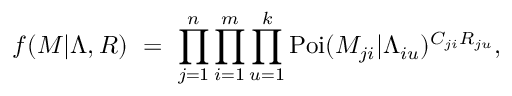
f ( M | \Lambda , R ) \ = \ \prod _ { j = 1 } ^ { n } \prod _ { i = 1 } ^ { m } \prod _ { u = 1 } ^ { k } \operatorname { P o i } ( M _ { j i } | \Lambda _ { i u } ) ^ { C _ { j i } R _ { j u } } ,